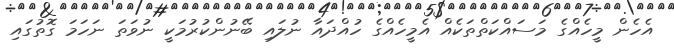
އެހެން މީހެއްގެ މަސައްކަތްތަކެއް އެމީހެއްގެ ހުއްދައާ ނުލައި ބޭނުންކުރުމަކީ ނުވަތަ ނަހަމަ ގޮތުގައި